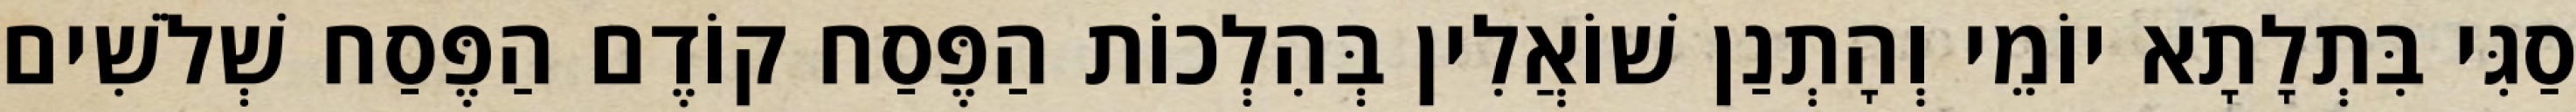
סַגִּי בִּתְלָתָא יוֹמֵי וְהָתְנַן שׁוֹאֲלִין בְּהִלְכוֹת הַפֶּסַח קוֹדֶם הַפֶּסַח שְׁלֹשִׁים